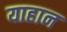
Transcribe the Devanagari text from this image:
याहान